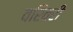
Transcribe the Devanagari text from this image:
वरिवरी